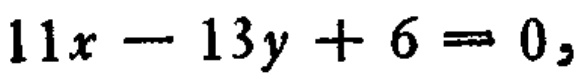
\(11x - 13y + 6 = 0,\)